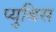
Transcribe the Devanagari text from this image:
प्युबिस